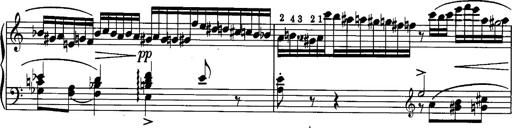
Title: La romanesca
Composer: Franz Liszt